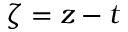
\zeta = z - t